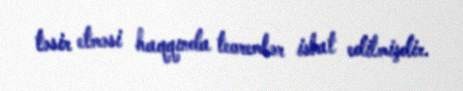
təsir etməsi haqqında teoremlər isbat edilmişdir.